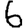
Digit: 6